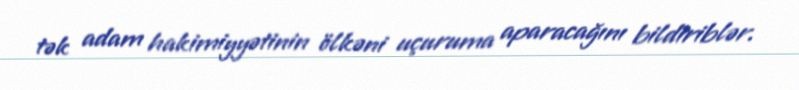
tək adam hakimiyyətinin ölkəni uçuruma aparacağını bildiriblər.